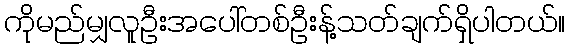
ကိုမည်မျှလူဦးအပေါ်တစ်ဦးန့်သတ်ချက်ရှိပါတယ်။